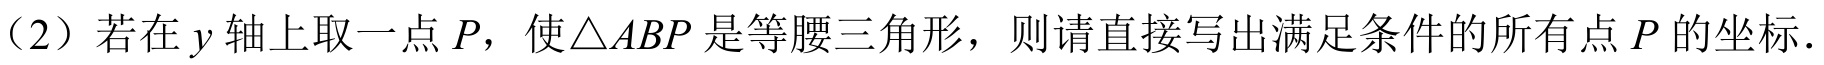
（2）若在\(y\)轴上取一点\(P\)，使\(\triangle ABP\)是等腰三角形，则请直接写出满足条件的所有点\(P\)的坐标.